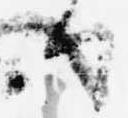
せ